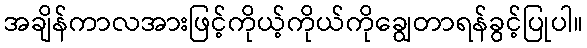
အချိန်ကာလအားဖြင့်ကိုယ့်ကိုယ်ကိုချွေတာရန်ခွင့်ပြုပါ။